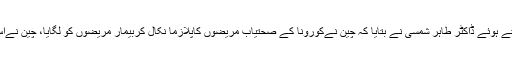
اے آر وائی نیوز کے پروگرام پاور پلے میں گفتگو کرتے ہوئے ڈاکٹر طاہر شمسی نے بتایا کہ چین نےکورونا کے صحتیاب مریضوں کاپلازما نکال کربیمار مریضوں کو لگایا، چین نےاس تجربے سےفائدہ اٹھایا اورمریضوں کی تعداد کم کی۔